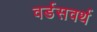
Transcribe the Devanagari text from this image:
वर्डसवर्थ